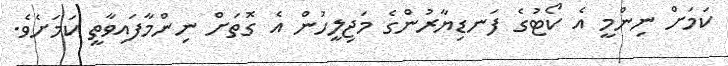
ކަމަށް ނިންމީ އެ ކޯޓުގެ ފަނޑިޔާރުންގެ މަޖިލީހުން އެ ގޮތަށް ނިންމާފައިވާތީ ކަމަށެވެ.